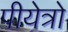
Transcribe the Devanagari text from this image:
पीयेत्रो